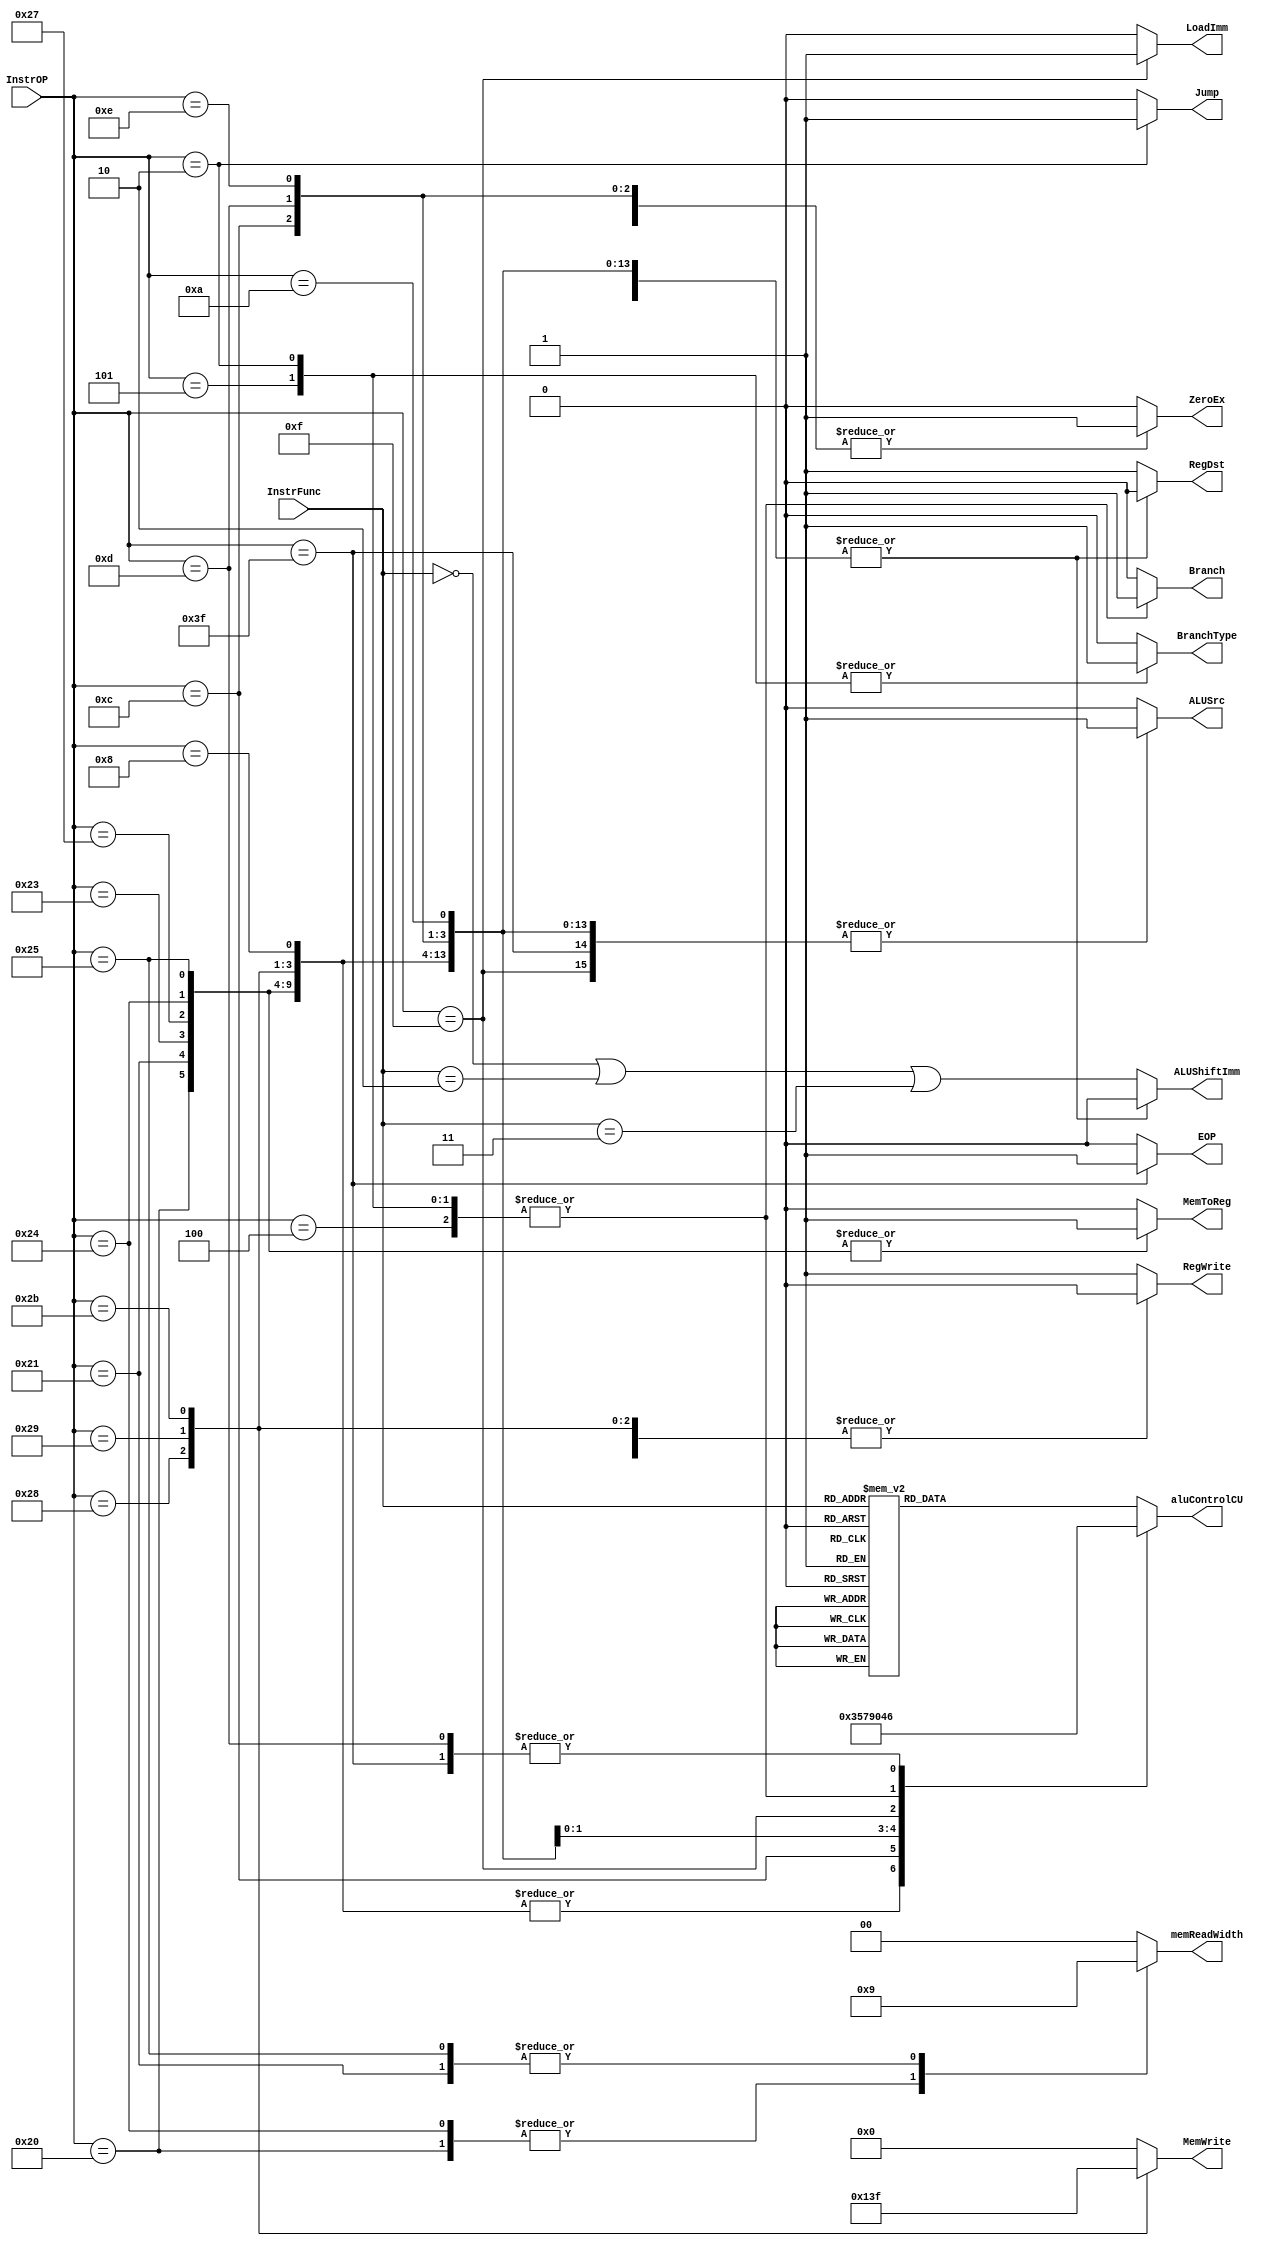
`timescale 1ns / 1ps
//////////////////////////////////////////////////////////////////////////////////
// Company: 
// Engineer: 
// 
// Design Name: 
// Module Name:    Main_Control 
// Project Name: 
// Target Devices: 
// Tool versions: 
// Description: 
//
// Dependencies: 
//
// Revision: 
// Revision 0.01 - File Created
// Additional Comments: 
//
//////////////////////////////////////////////////////////////////////////////////
module Main_Control(InstrOP, InstrFunc, RegDst, Branch, BranchType, Jump, MemToReg, MemWrite, ALUSrc,
							ALUShiftImm, RegWrite, LoadImm, ZeroEx, EOP, memReadWidth, aluControlCU);
//-------------------------------------------Entradas-----------------------------------------//
	input [5:0] InstrOP;
	input [5:0] InstrFunc;
//--------------------------------------------Salidas-----------------------------------------//
	output reg RegDst;
	output reg Branch;
	output reg BranchType;
	output reg Jump;
	output reg MemToReg;
	output reg [3:0] MemWrite;
	output reg ALUSrc;
	output reg ALUShiftImm;
	output reg RegWrite;
	output reg LoadImm;
	output reg ZeroEx;
	output reg EOP;
	output reg [1:0] memReadWidth; // 0:Palabra completa 1:Media palabra 2:Byte
	output reg [3:0] aluControlCU;
//---------------------------------------------Wires------------------------------------------//
//-------------------------------------------Registros----------------------------------------//
//-----------------------------------------Inicializacion-------------------------------------//
	initial
		begin
			RegDst = 0;
			Branch = 0;
			BranchType = 0;
			Jump = 0;
			MemToReg = 0;
			MemWrite = 0;
			ALUSrc = 0;
			ALUShiftImm = 0;
			RegWrite = 0;
			LoadImm = 0;
			ZeroEx = 0;
			EOP = 0;
			memReadWidth = 0; // 0:Palabra completa 1:Media palabra 2:Byte
			aluControlCU = 0;
		end
//--------------------------------------Declaracion de Bloques--------------------------------//
//--------------------------------------------Logica------------------------------------------//
	always @*
	begin
	case (InstrOP)
		'b100000:
		begin		//LB
			EOP				<= 0; 
			RegDst 			<= 0; 
			Branch 			<= 0;
			BranchType 		<= 0;
			Jump        	<= 0;
			MemToReg		<= 1;
			MemWrite		<= 0;
			ALUSrc			<= 1;
			ALUShiftImm		<= 0;
			RegWrite	 	<= 1;
			LoadImm			<= 0;
			ZeroEx			<= 0;
			aluControlCU	<= 3;
			memReadWidth	<= 2;
		end		
		'b100001:
		begin		//LH
			EOP				<= 0; 
			RegDst			<= 0;
			Branch			<= 0;
			BranchType		<= 0;
			Jump        	<= 0;
			MemToReg		<= 1;
			MemWrite		<= 0;
			ALUSrc			<= 1;
			ALUShiftImm		<= 0;
			RegWrite		<= 1;
			LoadImm			<= 0;
			ZeroEx			<= 0;
			aluControlCU	<= 3;
			memReadWidth	<= 1;
		end
		'b100011:
		begin		//LW
			EOP				<= 0; 
			RegDst			<= 0;
			Branch			<= 0;
			BranchType		<= 0;
			Jump        	<= 0;
			MemToReg		<= 1;
			MemWrite		<= 0;
			ALUSrc			<= 1;
			ALUShiftImm		<= 0;
			RegWrite		<= 1;
			LoadImm			<= 0;
			ZeroEx			<= 0;
			aluControlCU	<= 3;
			memReadWidth	<= 0;
		end
		'b100111:
		begin		//LWU
			EOP				<= 0;
			RegDst			<= 0;
			Branch			<= 0;
			BranchType		<= 0;
			Jump        	<= 0;
			MemToReg		<= 1;
			MemWrite		<= 0;
			ALUSrc			<= 1;
			ALUShiftImm		<= 0;
			RegWrite		<= 1;
			LoadImm  		<= 0;
			ZeroEx			<= 0;
			aluControlCU	<= 3;
			memReadWidth	<= 0;
		end
		'b100100:
		begin	//LBU
			EOP				<= 0;
			RegDst			<= 0;
			Branch			<= 0;
			BranchType		<= 0;
			Jump        	<= 0;
			MemToReg		<= 1;
			MemWrite		<= 0;
			ALUSrc			<= 1;
			ALUShiftImm		<= 0;
			RegWrite		<= 1;
			LoadImm			<= 0;
			ZeroEx			<= 0;
			aluControlCU	<= 3;
			memReadWidth	<= 2;
		end
		'b100101:
		begin	//LHU
			EOP				<= 0;
			RegDst			<= 0;
			Branch			<= 0;
			BranchType		<= 0;
			Jump        	<= 0;
			MemToReg		<= 1;
			MemWrite		<= 0;
			ALUSrc			<= 1;
			ALUShiftImm		<= 0;
			RegWrite		<= 1;
			LoadImm			<= 0;
			ZeroEx			<= 0;
			aluControlCU	<= 3;
			memReadWidth	<= 1;
		end
		'b101000:
		begin	//SB
			EOP				<= 0;
			RegDst			<= 0;
			Branch			<= 0;
			BranchType		<= 0;
			Jump        	<= 0;
			MemToReg		<= 0;
			MemWrite		<= 4'd1;
			ALUSrc			<= 1;
			ALUShiftImm		<= 0;
			RegWrite		<= 0;
			LoadImm			<= 0;
			ZeroEx			<= 0;
			aluControlCU	<= 3;
			memReadWidth	<= 0;
		end
		'b101001:
		begin	//SH
			EOP				<= 0;
			RegDst			<= 0;
			Branch			<= 0;
			BranchType		<= 0;
			Jump        	<= 0;
			MemToReg		<= 0;
			MemWrite		<= 4'b0011;
			ALUSrc			<= 1;
			ALUShiftImm		<= 0;
			RegWrite		<= 0;
			LoadImm			<= 0;
			ZeroEx			<= 0;
			aluControlCU	<= 3;
			memReadWidth	<= 0;
		end
		'b101011:
		begin	//SW
			EOP				<= 0;
			RegDst			<= 0;
			Branch			<= 0;
			BranchType		<= 0;
			Jump        	<= 0;
			MemToReg		<= 0;
			MemWrite		<= 4'b1111;
			ALUSrc			<= 1;
			ALUShiftImm		<= 0;
			RegWrite		<= 0;
			LoadImm			<= 0;
			ZeroEx			<= 0;
			aluControlCU	<= 3;
			memReadWidth	<= 0;
		end
		'b001000:
		begin	//ADDI
			EOP				<= 0;
			RegDst			<= 0;
			Branch			<= 0;
			BranchType		<= 0;
			Jump        	<= 0;
			MemToReg		<= 0;
			MemWrite		<= 0;
			ALUSrc			<= 1;
			ALUShiftImm		<= 0;
			RegWrite		<= 1;
			LoadImm			<= 0;
			ZeroEx			<= 0;
			aluControlCU	<= 3;
			memReadWidth	<= 0;
		end
		'b001100:
		begin	//ANDI
			EOP				<= 0;
			RegDst			<= 0;
			Branch			<= 0;
			BranchType		<= 0;
			Jump        	<= 0;
			MemToReg		<= 0;
			MemWrite		<= 0;
			ALUSrc			<= 1;
			ALUShiftImm		<= 0;
			RegWrite		<= 1;
			LoadImm			<= 0;
			ZeroEx			<= 1;
			aluControlCU	<= 5;
			memReadWidth	<= 0;
		end
		'b001101:
		begin	//ORI
			EOP				<= 0;
			RegDst			<= 0;
			Branch			<= 0;
			BranchType		<= 0;
			Jump        	<= 0;
			MemToReg		<= 0;
			MemWrite		<= 0;
			ALUSrc			<= 1;
			ALUShiftImm		<= 0;
			RegWrite		<= 1;
			LoadImm			<= 0;
			ZeroEx			<= 1;
			aluControlCU	<= 6;
			memReadWidth	<= 0;
		end
		'b001110:
		begin	//XORI
			EOP				<= 0;
			RegDst			<= 0;
			Branch			<= 0;
			BranchType		<= 0;
			Jump        	<= 0;
			MemToReg		<= 0;
			MemWrite		<= 0;
			ALUSrc			<= 1;
			ALUShiftImm		<= 0;
			RegWrite		<= 1;
			LoadImm			<= 0;
			ZeroEx			<= 1;
			aluControlCU	<= 7;
			memReadWidth	<= 0;
		end
		'b001010:
		begin	//SLTI
			EOP				<= 0;
			RegDst			<= 0;
			Branch			<= 0;
			BranchType		<= 0;
			Jump        	<= 0;
			MemToReg		<= 0;
			MemWrite		<= 0;
			ALUSrc			<= 1;
			ALUShiftImm		<= 0;
			RegWrite		<= 1;
			LoadImm			<= 0;
			ZeroEx			<= 0;
			aluControlCU	<= 9;
			memReadWidth	<= 0;
		end	
	   'b001111:
		begin	//LUI
			EOP				<= 0;
			RegDst			<= 0;
			Branch			<= 0;
			BranchType		<= 0;
			Jump        	<= 0;
			MemToReg		<= 0;
			MemWrite		<= 0;
			ALUSrc			<= 1;
			ALUShiftImm		<= 0;
			RegWrite		<= 1;
			LoadImm			<= 1;
			ZeroEx			<= 0;
			aluControlCU	<= 0;
			memReadWidth	<= 0;
		end	
		'b000100:
		begin //BEQ
			EOP				<= 0;
			RegDst			<= 0;
			Branch			<= 1;
			BranchType		<= 0;
			Jump        	<= 0;
			MemToReg		<= 0;
			MemWrite		<= 0;
			ALUSrc			<= 0;
			ALUShiftImm		<= 0;
			RegWrite		<= 0;
			LoadImm			<= 0;
			ZeroEx			<= 0;
			aluControlCU	<= 4;
			memReadWidth	<= 0;
		end
		'b000101:
		begin //BNE
			EOP				<= 0;
			RegDst			<= 0;
			Branch			<= 1;
			BranchType		<= 1;
			Jump        	<= 0;
			MemToReg		<= 0;
			MemWrite		<= 0;
			ALUSrc			<= 0;
			ALUShiftImm		<= 0;
			RegWrite		<= 0;
			LoadImm			<= 0;
			ZeroEx			<= 0;
			aluControlCU	<= 4;
			memReadWidth	<= 0;
		end
		'b000010:
		begin //J
			EOP				<= 0;
			RegDst			<= 0;
			Branch			<= 1; //No importa
			BranchType		<= 1; //No importa
			Jump        	<= 1;
			MemToReg		<= 0;
			MemWrite		<= 0;
			ALUSrc			<= 0;
			ALUShiftImm		<= 0;
			RegWrite		<= 0;
			LoadImm			<= 0;
			ZeroEx			<= 0;
			aluControlCU	<= 4;
			memReadWidth	<= 0;
		end
		'b111111:
		begin // End of Program
			EOP				<= 1;
			RegDst			<= 0;
			Branch			<= 0;
			BranchType		<= 0;
			Jump        	<= 0;
			MemToReg		<= 0;
			MemWrite		<= 0;
			ALUSrc			<= 1;
			ALUShiftImm		<= 0;
			RegWrite		<= 0;
			LoadImm			<= 0;
			ZeroEx			<= 1;
			aluControlCU	<= 6;
			memReadWidth	<= 0;
		end
		default:
		begin //Tipo R
			EOP				<= 0;
			RegDst			<= 1;
			Branch			<= 0;
			BranchType		<= 0;
			Jump        	<= 0;
			MemToReg		<= 0;
			MemWrite		<= 0;
			ALUSrc			<= 0;
			ALUShiftImm 	<=((InstrFunc==0) ||(InstrFunc==2)||(InstrFunc==3));
			RegWrite		<= 1;
			LoadImm			<= 0;
			ZeroEx			<= 0;
			memReadWidth	<= 0;
			case(InstrFunc)
				6'b000000: aluControlCU <= 0; //SLL
				6'b000010: aluControlCU <= 1; //SRL
				6'b000011: aluControlCU <= 2; //SRA
				6'b000110: aluControlCU <= 1; //SRLV
				6'b000111: aluControlCU <= 2; //SRAV
				6'b000100: aluControlCU <= 0; //SLLV
				6'b100000: aluControlCU <= 3; //ADD
				6'b100010: aluControlCU <= 4; //SUB
				6'b100100: aluControlCU <= 5; //AND
				6'b100101: aluControlCU <= 6; //OR
				6'b100110: aluControlCU <= 7; //XOR
				6'b100111: aluControlCU <= 8; //NOR
				6'b101010: aluControlCU <= 9; //SLT
				default: aluControlCU	<= 'hF;
			endcase
		end		
	endcase
end

endmodule